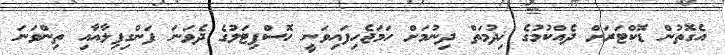
އެގޮތުން ޑޮކްޓަރަށް ދެއްކުމުގެ ޚިދުމަތް ދިނުމަށް ހަމަޖެހިފައިވަނީ ހޮސްޕިޓަލުގެ ދެވަނަ ފަންގިފިލާއާއި ތިންވަނަ